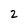
Character: 2